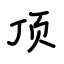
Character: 顶